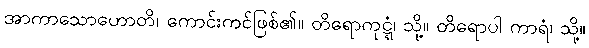
အာကာသောဟောတိ၊ ကောင်းကင်ဖြစ်၏။ တိရောကုဋ္ဋံ၊ သို့။ တိရောပါ ကာရံ၊ သို့။